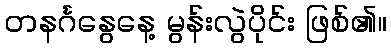
တနင်္ဂနွေနေ့ မွန်းလွဲပိုင်း ဖြစ်၏။